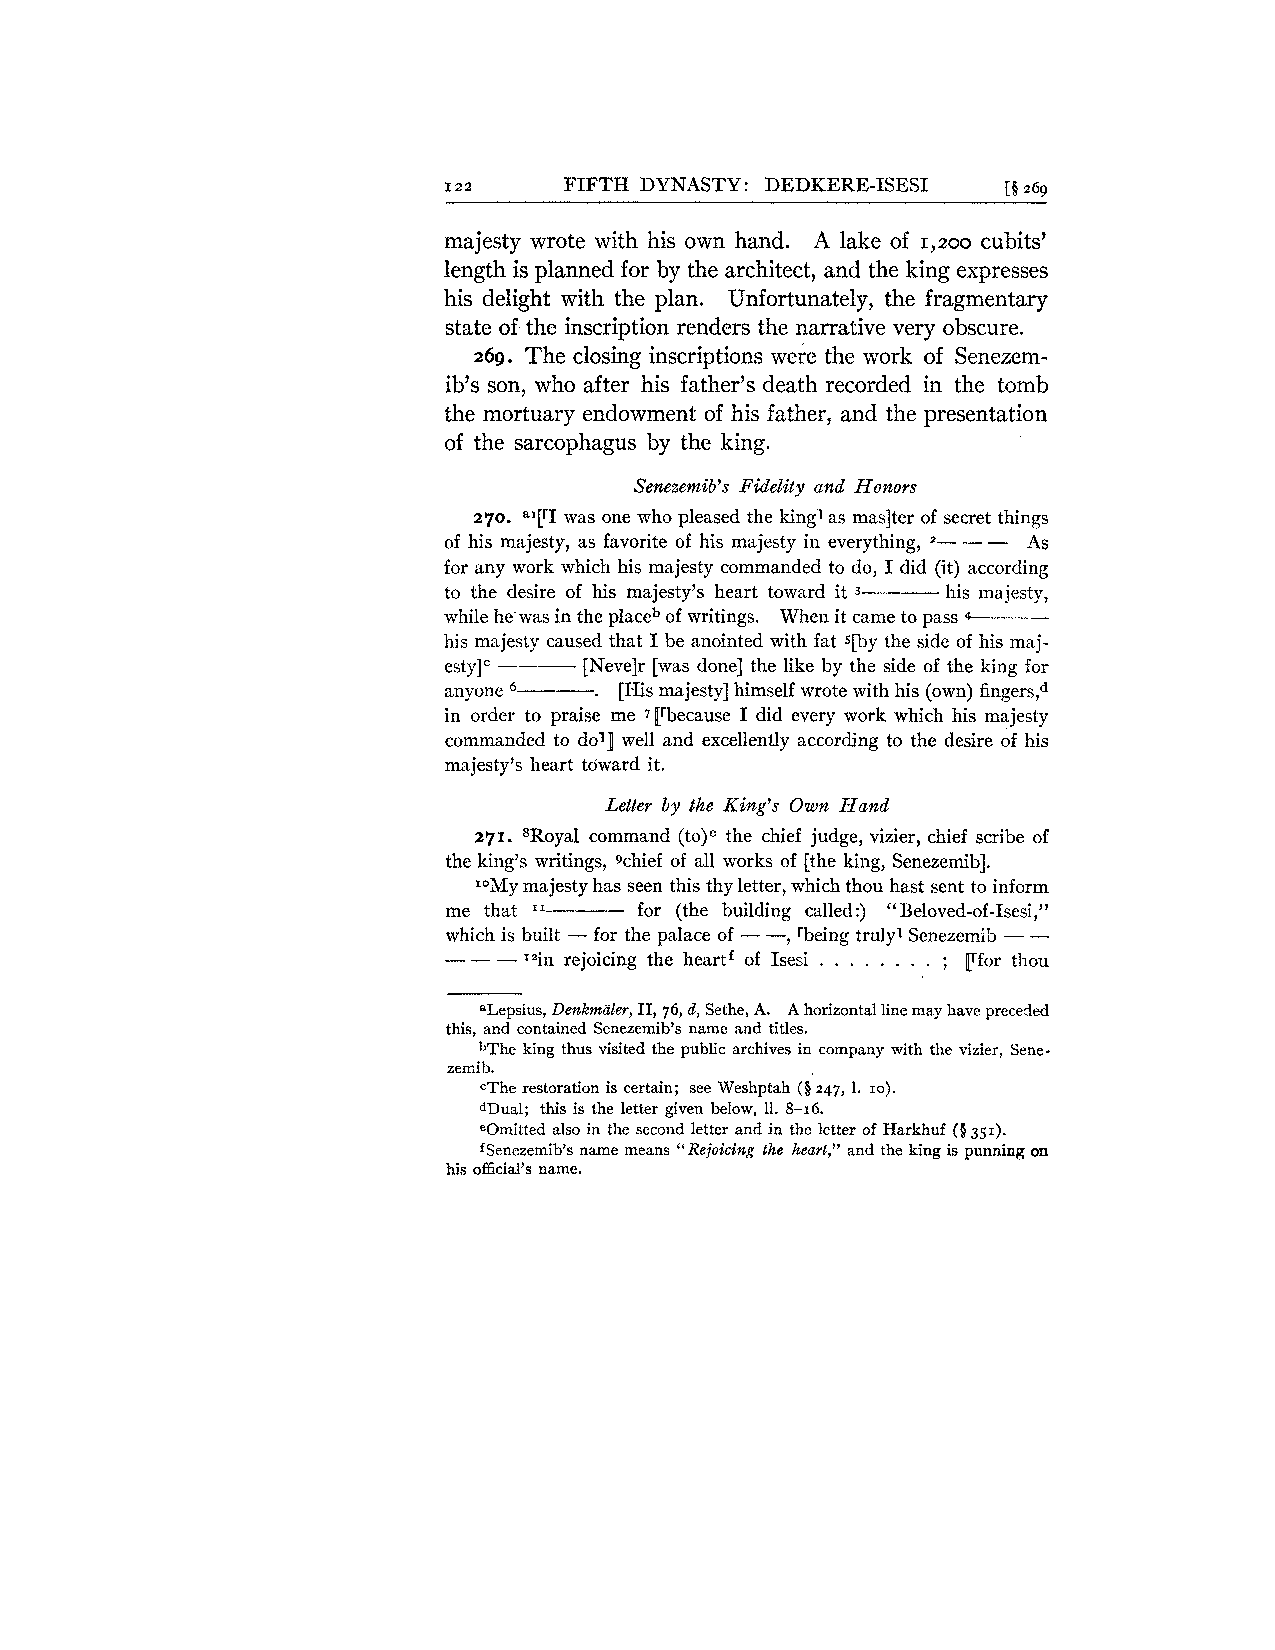
122     FIFTH DYNASTY: DEDKERE-ISESI  [§ 269
 majesty wrote with his own hand. A lake of cubits'
 1,200
 length is planned for by the architect, and the king expresses
 his delight with the plan. Unfortunately, the fragmentary
 state of the inscription renders the narrative very obscure.
 The closing inscriptions were the work of Senezem-
 269.
 ib's son, who after his father's death recorded in the tomb
 the mortuary endowment of his father, and the presentation
 of the sarcophagus by the king.
 Senezemib's Fidelity and Honors
 270. =I[rI was one who pleased the king1 as maslter of secret things
 of his majesty, as favorite of his majesty in everything, 2- - - As
 for any work which his majesty commanded to do, I did (it) according
 to the desire of his majesty's heart toward it 3 his majesty,
 while he was in the placeb of writings. When it came to pass
 his majesty caused that I be anointed with fat s[by the side of his maj-
 estyIc    [Nevelr [was done] the like by the side of the king for
 anyone 6  . [His majesty] himself wrote with his (own) fingers'd
 in order to praise me 7pbecause I did every work which his majesty
 commanded to doll well and excellently according to the desire of his
 majesty's heart toward it.
 Letter by the King's Own Hand
 271. 8Royal command (to)e the chief judge, vizier, chief scribe of
 the king's writings, 9chief of all works of [the king, Senezemib].
 IOMym ajesty has seen this thy letter, which thou hast sent to inform
 me that     for (the building called:) "Beloved-of-Isesi,"
 I1
 which is built - for the palace of - -, rbeing truly1 Senezemib - -
 ---1  2in rejoicing the heartf of Isesi . . . . . . . . ; [rfor thou
 alepsius, Denkmiiler, 11, 76, d, Sethe, A. A horizontal line may have preceded
 this, and contained Senezemib's name and titles.
 bThe king thus visited the public archives in company with the vizier, Sene-
 zeniib.
 the restoration is certain; see Weshptah ($247, 1. 10).
 dDual; this is the letter given below, 11. 8-16.
 eOmitted also in the second letter and in the letter of Harkhuf (5 351).
 fsenezemib's name means ''Rejoicing the heart," and the king is punning on
 his official's name.